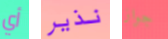
أي نذير جواز